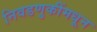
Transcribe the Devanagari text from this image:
निवडणुकींमधून